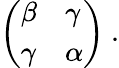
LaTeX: \left(\begin{array}{ll}{{\beta}}&{{\gamma}}\\ {{\gamma}}&{{\alpha}}\end{array}\right)\ .